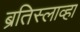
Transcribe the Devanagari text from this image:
ब्रतिस्लाव्हा